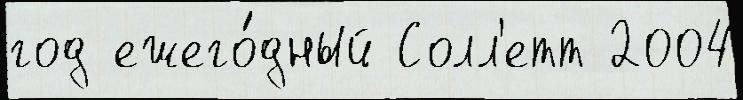
год ежего́дный Солл'етт 2004